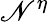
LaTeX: \mathscr{N}^{\eta}